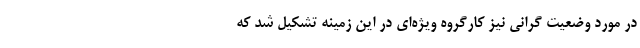
در مورد وضعیت گرانی نیز کارگروه ویژه‌ای در این زمینه تشکیل شد که